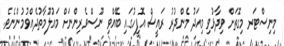
މިނިސްޓަރ މިގޮތަށް ވިދާޅުވި މިއަދު މެންދުރު ރައީސް އޮފީހުގައި ބޭއްވި ނޫސްވެރިންނަށް މައުލޫމާތުދެއްވުމުންނެވެ.